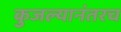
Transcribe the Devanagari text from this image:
कुजल्यानंतरच